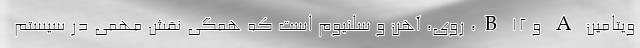
ویتامین A و B ۱۲، روی، آهن و سلنیوم است که همگی نقش مهمی در سیستم